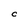
Character: C